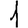
Digit: 1